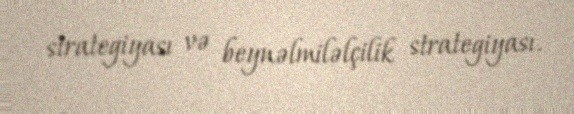
strategiyası və beynəlmiləlçilik strategiyası.